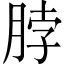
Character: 脖